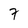
Character: 7